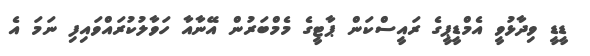
ޑީޑީ ވިދާޅުވީ އެމްޑީޕީގެ ރައީސްކަން ޕާޓީގެ މެމްބަރުން އޭނާއާ ހަވާލުކުރައްވައިފި ނަމަ އެ